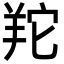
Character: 䍫